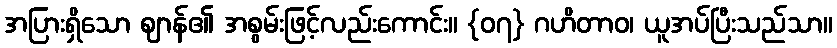
အပြားရှိသော ဈာန်၏ အစွမ်းဖြင့်လည်းကောင်း။ {၀၇} ဂဟိတာဝ၊ ယူအပ်ပြီးသည်သာ။